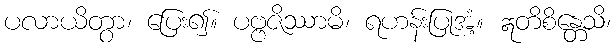
ပလာယိတွာ၊ ပြေး၍။ ပဗ္ဗဇိဿာမိ၊ ရဟန်းပြုအံ့။ ဣတိစိန္တေသိ၊